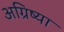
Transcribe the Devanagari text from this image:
अग्रिष्या